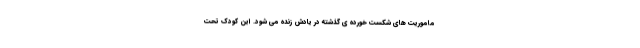
مأموریت های شکست خورده ی گذشته در یادش زنده می شود. این کودک تحت